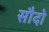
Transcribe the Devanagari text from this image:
सौदो